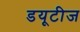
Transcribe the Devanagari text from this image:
डयूटीज